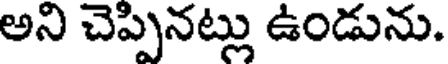
అని చెప్పినట్లు ఉండును.